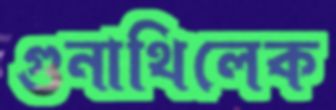
গুনাথিলেক